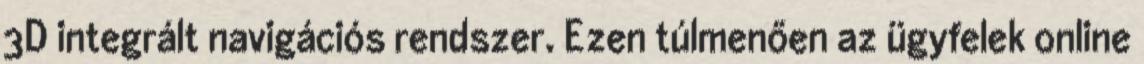
3D integrált navigációs rendszer. Ezen túlmenően az ügyfelek online